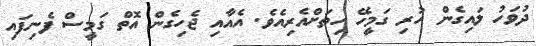
ދުވަހު ލައިގެން ހުރި ގަމީހޭ ހިތަށްއެރިއެވެ. އެއާއި ޖެހިގެން އޮތް ގަމީސް ފެނިފައި